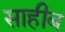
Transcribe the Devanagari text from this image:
साहीब